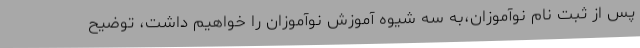
پس از ثبت نام نوآموزان،به سه شیوه آموزش نوآموزان را خواهیم داشت، توضیح